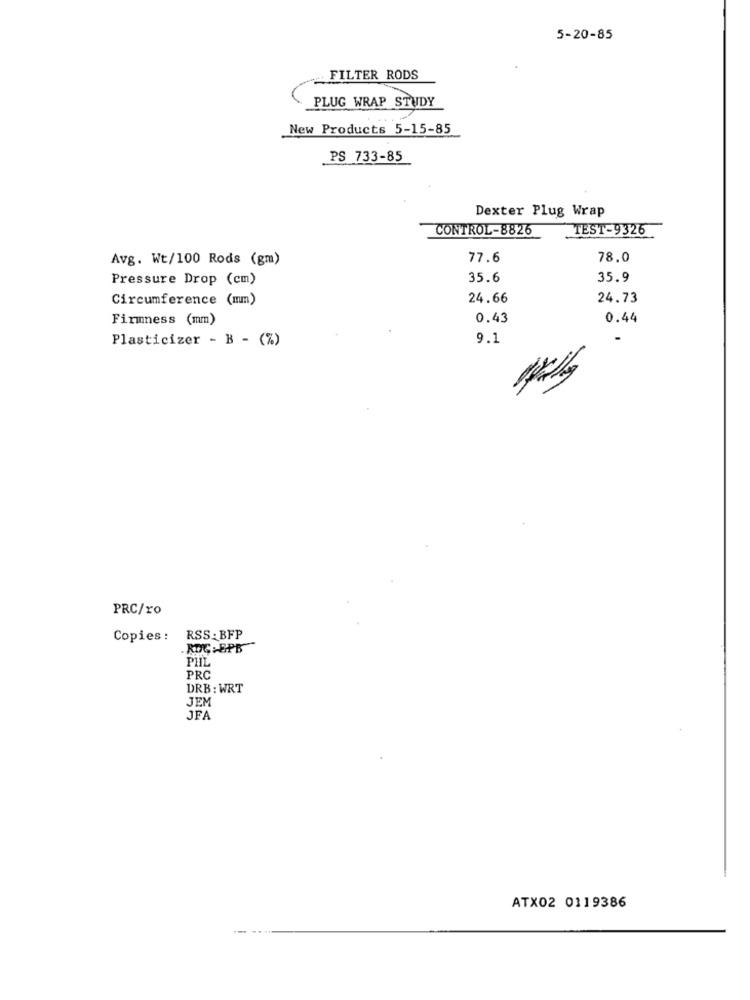
5-20-85
FILTER RODS
PLUG WRAP STUDY
New Products 5-15-85
PS 733-85
Dexter Plug Wrap
CONTROL-8826
TEST-9326
Avg. Wt/100 Rods (gm)
77.6
78.0
Pressure Drop (cm)
35.6
35.9
Circumference (mm)
24.66
24.73
Firmness (mm)
0.43
0.44
Plasticizer - B - (%)
9.1
PRC/ro
Copies : RSS: BFP
. RDC : EPB
PHI
PRC
DRB : WRT
JEM
JFA
ATX02 0119386